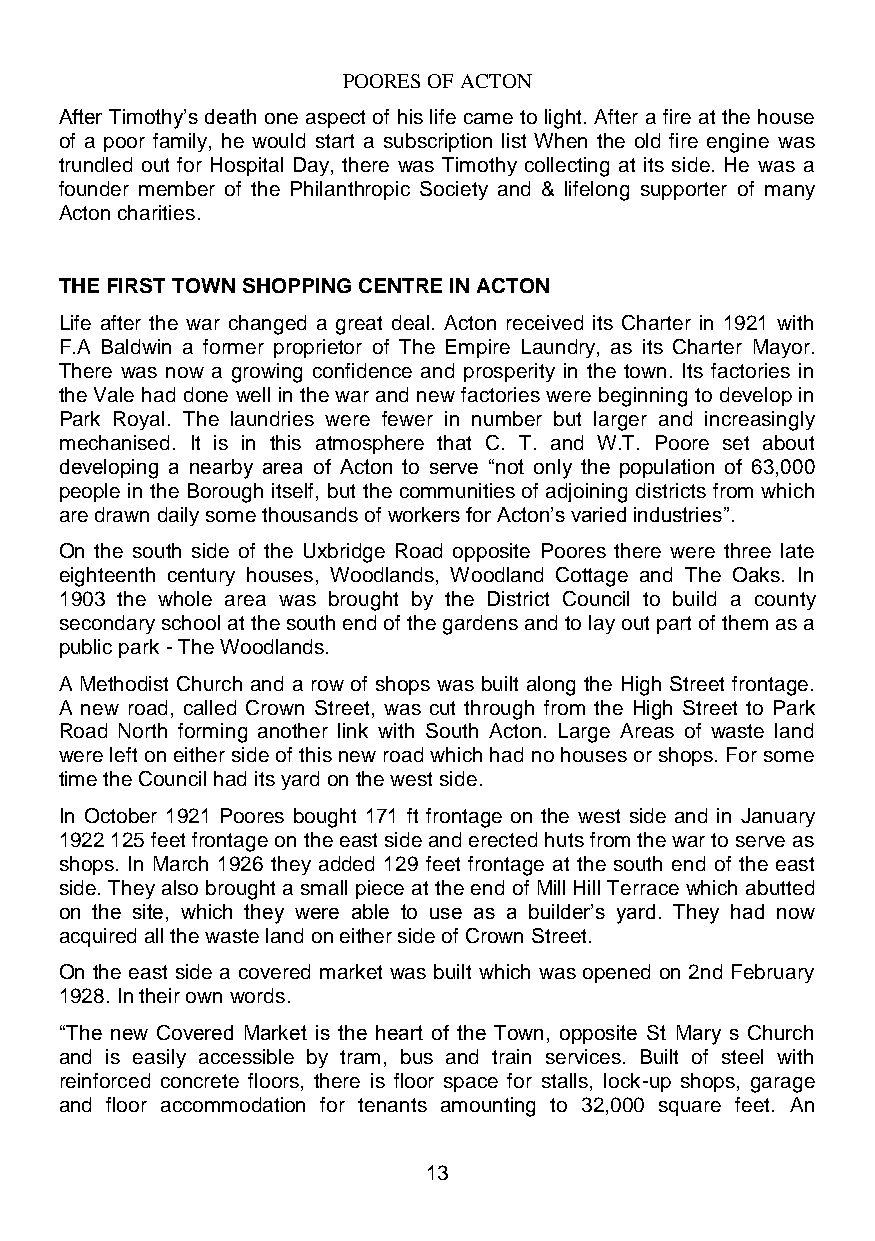
POORES OF ACTON
 After Timothy’s death one aspect of his life came to light. After a fire at the house
 of a poor family, he would start a subscription list When the old fire engine was
 trundled out for Hospital Day, there was Timothy collecting at its side. He was a
 founder member of the Philanthropic Society and & lifelong supporter of many
 Acton charities.
 THE FIRST TOWN SHOPPING CENTRE IN ACTON
 Life after the war changed a great deal. Acton received its Charter in 1921 with
 F.A Baldwin a former proprietor of The Empire Laundry, as its Charter Mayor.
 There was now a growing confidence and prosperity in the town. Its factories in
 the Vale had done well in the war and new factories were beginning to develop in
 Park Royal. The laundries were fewer in number but larger and increasingly
 mechanised. It is in this atmosphere that C. T. and W.T. Poore set about
 developing a nearby area of Acton to serve “not only the population of 63,000
 people in the Borough itself, but the communities of adjoining districts from which
 are drawn daily some thousands of workers for Acton’s varied industries”.
 On the south side of the Uxbridge Road opposite Poores there were three late
 eighteenth century houses, Woodlands, Woodland Cottage and The Oaks. In
 1903 the whole area was brought by the District Council to build a county
 secondary school at the south end of the gardens and to lay out part of them as a
 public park - The Woodlands.
 A Methodist Church and a row of shops was built along the High Street frontage.
 A new road, called Crown Street, was cut through from the High Street to Park
 Road North forming another link with South Acton. Large Areas of waste land
 were left on either side of this new road which had no houses or shops. For some
 time the Council had its yard on the west side.
 In October 1921 Poores bought 171 ft frontage on the west side and in January
 1922 125 feet frontage on the east side and erected huts from the war to serve as
 shops. In March 1926 they added 129 feet frontage at the south end of the east
 side. They also brought a small piece at the end of Mill Hill Terrace which abutted
 on the site, which they were able to use as a builder’s yard. They had now
 acquired all the waste land on either side of Crown Street.
 On the east side a covered market was built which was opened on 2nd February
 1928. In their own words.
 “The new Covered Market is the heart of the Town, opposite St Mary s Church
 and is easily accessible by tram, bus and train services. Built of steel with
 reinforced concrete floors, there is floor space for stalls, lock-up shops, garage
 and floor accommodation for tenants amounting to 32,000 square feet. An
 13